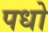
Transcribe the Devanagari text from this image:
पधो